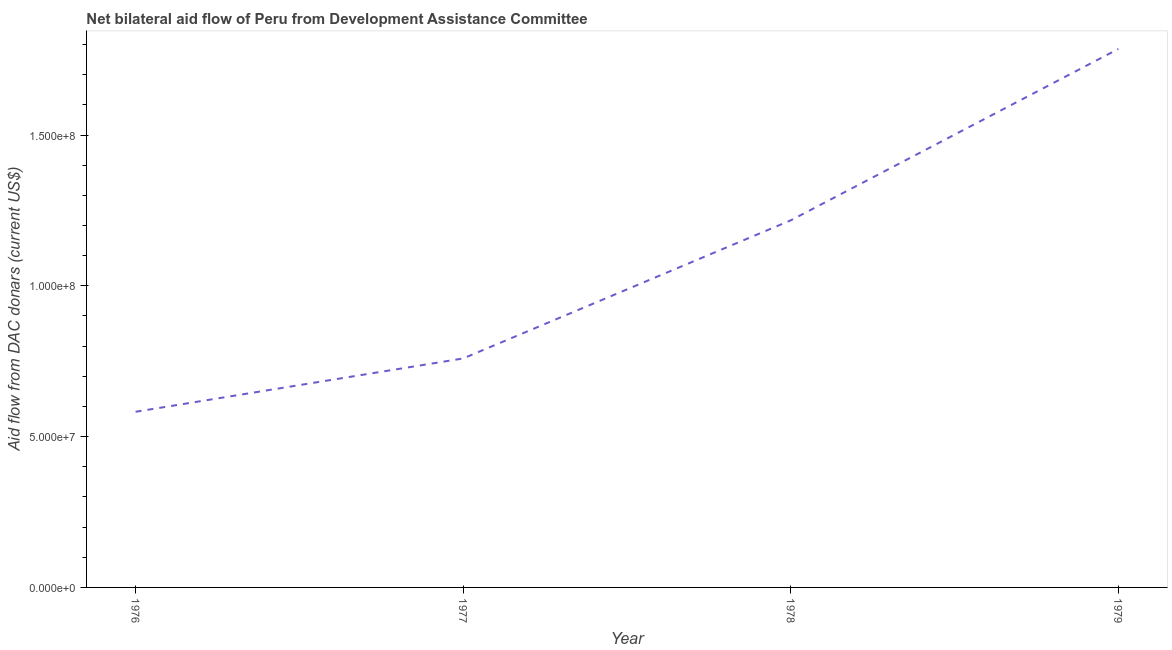
| Year | Net bilateral aid flows from DAC donors |
 | --- | --- |
 | 1976 | 5.82e+07 |
 | 1977 | 7.59e+07 |
 | 1978 | 1.22e+08 |
 | 1979 | 1.79e+08 |